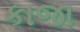
કાજા